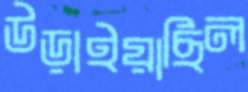
উড়াইয়াছিল